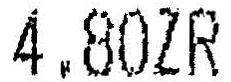
4.80ZR